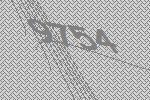
9754